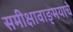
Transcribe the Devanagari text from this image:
समीक्षावाङ्मयाचे